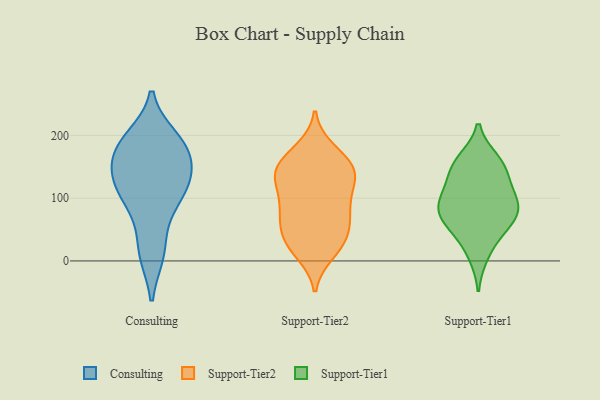
{"axis": {"x": "Revenue (USD Million)", "y": "Value"}, "legend": ["Consulting", "Support-Tier1", "Support-Tier2"], "data": [{"x": "", "y": 78, "type": "Consulting"}, {"x": "", "y": 185, "type": "Consulting"}, {"x": "", "y": 127, "type": "Consulting"}, {"x": "", "y": 127, "type": "Consulting"}, {"x": "", "y": 169, "type": "Consulting"}, {"x": "", "y": 101, "type": "Consulting"}, {"x": "", "y": 13, "type": "Consulting"}, {"x": "", "y": 173, "type": "Consulting"}, {"x": "", "y": 116, "type": "Consulting"}, {"x": "", "y": 137, "type": "Consulting"}, {"x": "", "y": 186, "type": "Consulting"}, {"x": "", "y": 15, "type": "Consulting"}, {"x": "", "y": 194, "type": "Consulting"}, {"x": "", "y": 145, "type": "Support-Tier2"}, {"x": "", "y": 89, "type": "Support-Tier2"}, {"x": "", "y": 92, "type": "Support-Tier2"}, {"x": "", "y": 60, "type": "Support-Tier2"}, {"x": "", "y": 74, "type": "Support-Tier2"}, {"x": "", "y": 46, "type": "Support-Tier2"}, {"x": "", "y": 20, "type": "Support-Tier2"}, {"x": "", "y": 124, "type": "Support-Tier2"}, {"x": "", "y": 13, "type": "Support-Tier2"}, {"x": "", "y": 157, "type": "Support-Tier2"}, {"x": "", "y": 136, "type": "Support-Tier2"}, {"x": "", "y": 33, "type": "Support-Tier2"}, {"x": "", "y": 143, "type": "Support-Tier2"}, {"x": "", "y": 169, "type": "Support-Tier2"}, {"x": "", "y": 28, "type": "Support-Tier2"}, {"x": "", "y": 177, "type": "Support-Tier2"}, {"x": "", "y": 97, "type": "Support-Tier2"}, {"x": "", "y": 139, "type": "Support-Tier2"}, {"x": "", "y": 135, "type": "Support-Tier2"}, {"x": "", "y": 62, "type": "Support-Tier2"}, {"x": "", "y": 65, "type": "Support-Tier1"}, {"x": "", "y": 10, "type": "Support-Tier1"}, {"x": "", "y": 151, "type": "Support-Tier1"}, {"x": "", "y": 132, "type": "Support-Tier1"}, {"x": "", "y": 42, "type": "Support-Tier1"}, {"x": "", "y": 160, "type": "Support-Tier1"}, {"x": "", "y": 90, "type": "Support-Tier1"}, {"x": "", "y": 83, "type": "Support-Tier1"}, {"x": "", "y": 108, "type": "Support-Tier1"}, {"x": "", "y": 77, "type": "Support-Tier1"}, {"x": "", "y": 101, "type": "Support-Tier1"}, {"x": "", "y": 154, "type": "Support-Tier1"}, {"x": "", "y": 63, "type": "Support-Tier1"}]}